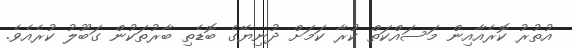
އުތުރު ކޮރެއާއިން މަސައްކަތް ކުރާ ކަމަށް ދުނިޔޭގެ ބޮޑެތި ބާރުތަކުން ގަބޫލު ކުރެއެވެ.